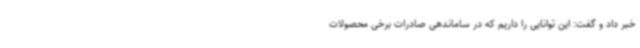
خبر داد و گفت: این توانایی را داریم که در ساماندهی صادرات برخی محصولات